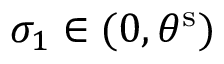
\sigma _ { 1 } \in ( 0 , { \theta } ^ { \mathrm { { s } } } )